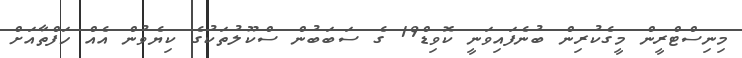
މިނިސްޓްރީން މީގެކުރިން ބުނެފައިވަނީ ކޮވިޑް19 ގެ ސަބަބުން ސްކޫލުތަކުގެ ކިޔެވުން އެއް ހަފްތާއަށް